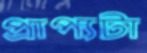
প্রাপ্যটা